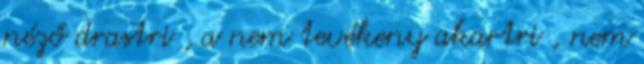
néző drastri , a nem tevékeny akartri , nem